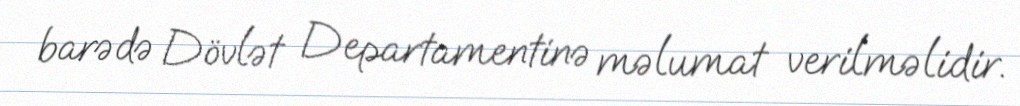
barədə Dövlət Departamentinə məlumat verilməlidir.